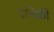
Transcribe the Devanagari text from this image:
इनिकी